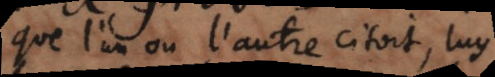
que l’un ou l’autre citoit, luy